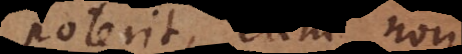
poterit, eum non